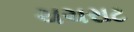
ચચરાટ